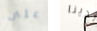
على لدينا